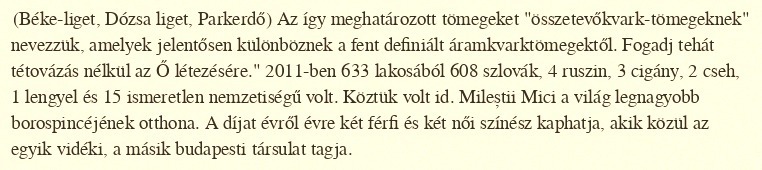
(Béke-liget, Dózsa liget, Parkerdő) Az így meghatározott tömegeket "összetevőkvark-tömegeknek" nevezzük, amelyek jelentősen különböznek a fent definiált áramkvarktömegektől. Fogadj tehát tétovázás nélkül az Ő létezésére." 2011-ben 633 lakosából 608 szlovák, 4 ruszin, 3 cigány, 2 cseh, 1 lengyel és 15 ismeretlen nemzetiségű volt. Köztük volt id. Mileștii Mici a világ legnagyobb borospincéjének otthona. A díjat évről évre két férfi és két női színész kaphatja, akik közül az egyik vidéki, a másik budapesti társulat tagja.